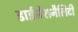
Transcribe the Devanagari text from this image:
डाईमेंशनैलिटी